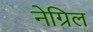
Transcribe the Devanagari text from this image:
नेग्रिल